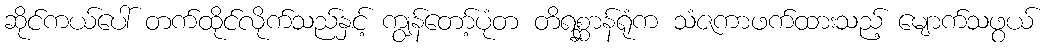
ဆိုင်ကယ်ပေါ် တက်ထိုင်လိုက်သည်နှင့် ကျွန်တော့်ပုံတ တိရစ္ဆာန်ရုံက သံဇကာဖက်ထားသည့် မျောက်သဖွယ်